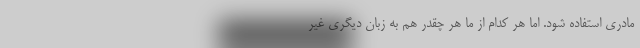
مادری استفاده شود. اما هر کدام از ما هر چقدر هم به زبان دیگری غیر